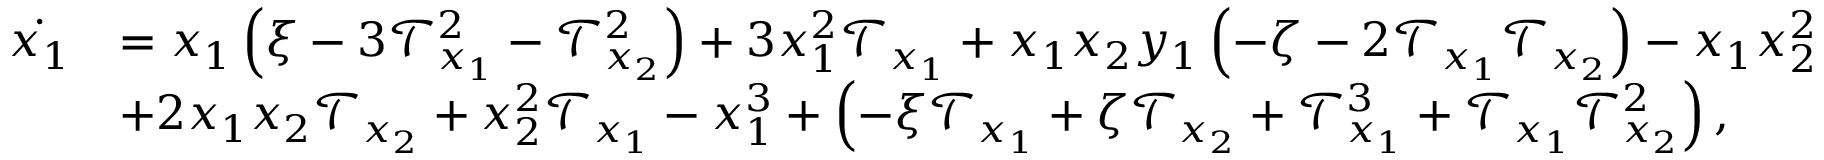
\begin{array} { r l } { \Dot { x _ { 1 } } } & { = x _ { 1 } \left( \xi - 3 \mathcal { T } _ { x _ { 1 } } ^ { 2 } - \mathcal { T } _ { x _ { 2 } } ^ { 2 } \right) + 3 x _ { 1 } ^ { 2 } \mathcal { T } _ { x _ { 1 } } + x _ { 1 } x _ { 2 } y _ { 1 } \left( - \zeta - 2 \mathcal { T } _ { x _ { 1 } } \mathcal { T } _ { x _ { 2 } } \right) - x _ { 1 } x _ { 2 } ^ { 2 } } \\ & { + 2 x _ { 1 } x _ { 2 } \mathcal { T } _ { x _ { 2 } } + x _ { 2 } ^ { 2 } \mathcal { T } _ { x _ { 1 } } - x _ { 1 } ^ { 3 } + \left( - \xi \mathcal { T } _ { x _ { 1 } } + \zeta \mathcal { T } _ { x _ { 2 } } + \mathcal { T } _ { x _ { 1 } } ^ { 3 } + \mathcal { T } _ { x _ { 1 } } \mathcal { T } _ { x _ { 2 } } ^ { 2 } \right) , } \end{array}